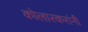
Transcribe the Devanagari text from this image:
कोलारकरांनी